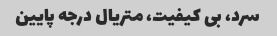
سرد، بی کیفیت، متریال درجه پایین